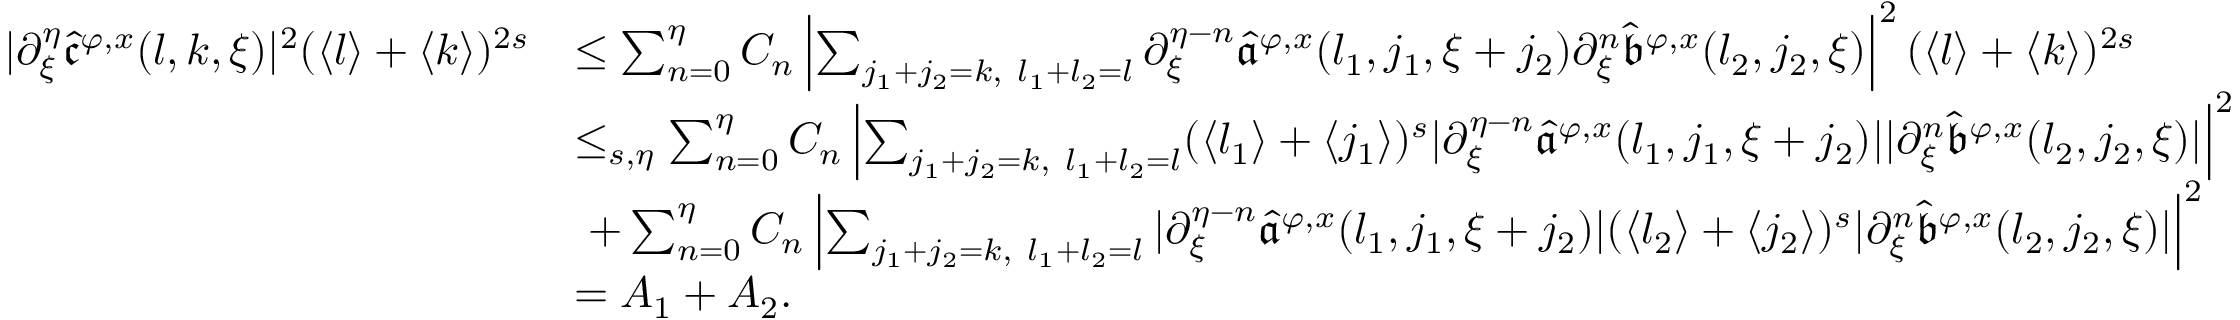
\begin{array} { r l } { | \partial _ { \xi } ^ { \eta } \widehat { \mathfrak { c } } ^ { \varphi , x } ( l , k , \xi ) | ^ { 2 } ( \langle l \rangle + \langle k \rangle ) ^ { 2 s } } & { \le \sum _ { n = 0 } ^ { \eta } C _ { n } \left| \sum _ { j _ { 1 } + j _ { 2 } = k , \ l _ { 1 } + l _ { 2 } = l } \partial _ { \xi } ^ { \eta - n } \widehat { \mathfrak { a } } ^ { \varphi , x } ( l _ { 1 } , j _ { 1 } , \xi + { j _ { 2 } } ) \partial _ { \xi } ^ { n } \widehat { \mathfrak { b } } ^ { \varphi , x } ( l _ { 2 } , j _ { 2 } , \xi ) \right| ^ { 2 } ( \langle l \rangle + \langle k \rangle ) ^ { 2 s } } \\ & { \le _ { s , \eta } \sum _ { n = 0 } ^ { \eta } C _ { n } \left| \sum _ { j _ { 1 } + j _ { 2 } = k , \ l _ { 1 } + l _ { 2 } = l } ( \langle l _ { 1 } \rangle + \langle j _ { 1 } \rangle ) ^ { s } | \partial _ { \xi } ^ { \eta - n } \widehat { \mathfrak { a } } ^ { \varphi , x } ( l _ { 1 } , j _ { 1 } , \xi + { j _ { 2 } } ) | | \partial _ { \xi } ^ { n } \widehat { \mathfrak { b } } ^ { \varphi , x } ( l _ { 2 } , j _ { 2 } , \xi ) | \right| ^ { 2 } } \\ & { \ + \sum _ { n = 0 } ^ { \eta } C _ { n } \left| \sum _ { j _ { 1 } + j _ { 2 } = k , \ l _ { 1 } + l _ { 2 } = l } | \partial _ { \xi } ^ { \eta - n } \widehat { \mathfrak { a } } ^ { \varphi , x } ( l _ { 1 } , j _ { 1 } , \xi + { j _ { 2 } } ) | ( \langle l _ { 2 } \rangle + \langle j _ { 2 } \rangle ) ^ { s } | \partial _ { \xi } ^ { n } \widehat { \mathfrak { b } } ^ { \varphi , x } ( l _ { 2 } , j _ { 2 } , \xi ) | \right| ^ { 2 } } \\ & { = A _ { 1 } + A _ { 2 } . } \end{array}